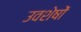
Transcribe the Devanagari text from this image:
उवशेषों